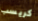
كريسب